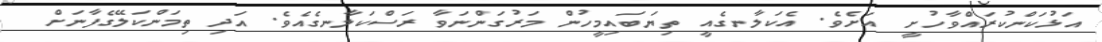
އަޅުކަންކުރައްވާހުށީ  އަށެވެ. އެކަލާނގެއީ ތިޔަބައިމީހުން މަރުގަންނަވާ ރަސްކަލާނގެއެވެ. އަދި ތިމަންކަލޭގެފާނަށް